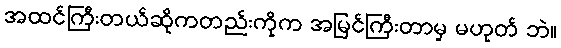
အထင်ကြီးတယ်ဆိုကတည်းကိုက အမြင်ကြီးတာမှ မဟုတ် ဘဲ။